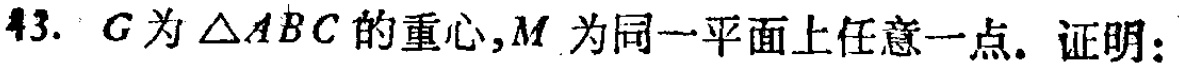
43. \(G\)为\(\triangle ABC\)的重心，\(M\)为同一平面上任意一点。证明：